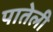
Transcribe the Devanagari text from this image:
पातेली